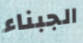
الجبناء